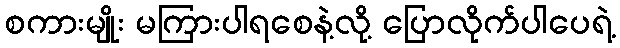
စကားမျိုး မကြားပါရစေနဲ့လို့ ပြောလိုက်ပါပေရဲ့